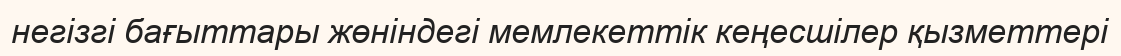
негізгі бағыттары жөніндегі мемлекеттік кеңесшілер қызметтері